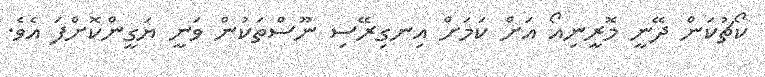
ކޯޗުކަން ދޭނީ މޮރީނިއޯ އަށް ކަމަށް އިނގިރޭސި ނޫސްތަކުން ވަނީ ޔަގީންކޮށްފަ އެވެ.